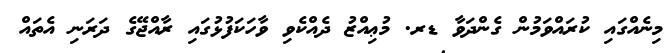
މިނެއްގައި ކުރައްވަމުން ގެންދަވާ ޑރ. މުޢިއްޒު ދެއްކެވި ވާހަކަފުޅުގައި ރާއްޖޭގެ ދަރަނި އެތައް